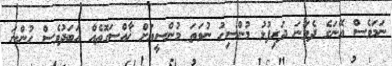
ނަމަވެސް އޭނަގެ ދެވަނަ ދަރިފުޅު މުންސިހު ނުވަތަ މުންސީއަށް ޚާއްސަގޮތެއް އަބަދުވެސް ހުންނަ